画像に写った文字を読んでください
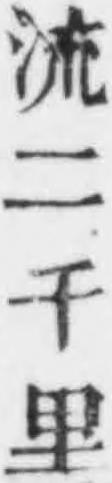
「流二千里」と書いてあります